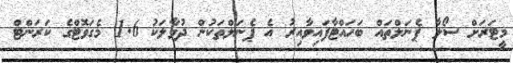
މީޓަރަށް ސޯލާ ޕެނަލްތައް ބަހައްޓާފައިވާއިރު އެ ޕެނަލްތަކުން ދުވާލަކު 1.6 މެގަވޮޓްގެ ކަރަންޓް